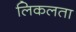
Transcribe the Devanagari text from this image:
लिकलता